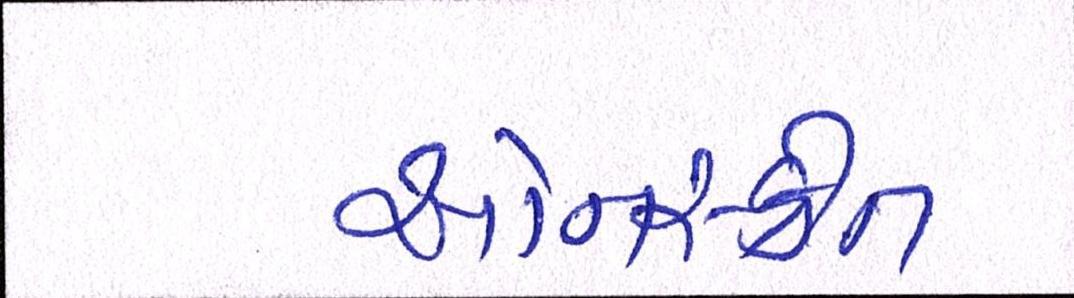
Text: ઓનસ્ક્રીન